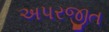
અપરજીત